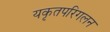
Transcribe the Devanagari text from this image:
यकृतपरिगलन